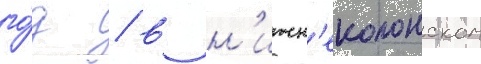
го́д / в н'ижн'еколонском